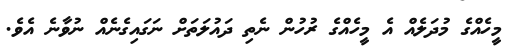
މީހެއްގެ މުދަލެއް އެ މީހެއްގެ ރުހުން ނެތި ދައުލަތަށް ނަގައިގެނެއް ނުވާނެ އެވެ.